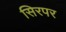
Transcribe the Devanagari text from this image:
सिरपर